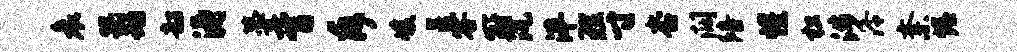
哀蹋动韶涛蔓胥斥峻呈容冠沉泮理寸杏阔陪惺松涉泠紊幄